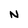
Character: N